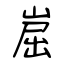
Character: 崫